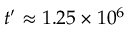
t ^ { \prime } \approx 1 . 2 5 \times 1 0 ^ { 6 }